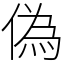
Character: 偽